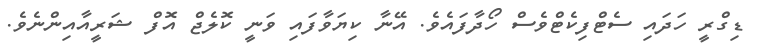
ޑިގްރީ ހަދައި ސެޓްފިކެޓްވެސް ހޯދާފައެވެ. އޭނާ ކިޔަވާފައި ވަނީ ކޮލެޖް އޮފް ޝަރީއާއިންނެވެ.